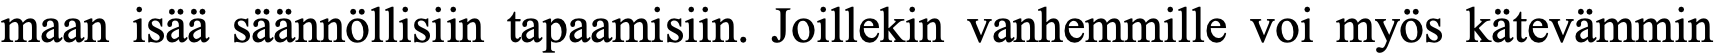
maan isää säännöllisiin tapaamisiin. Joillekin vanhemmille voi myös kätevämmin